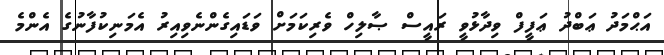
އަޙްމަދު ޢަބްދު ޢަފީފް ވިދާޅުވީ ރައީސް ޞާލިހް ވެރިކަމަށް ވަޑައިގެންނެވިއިރު އެމަނިކުފާނުގެ އެންމެ